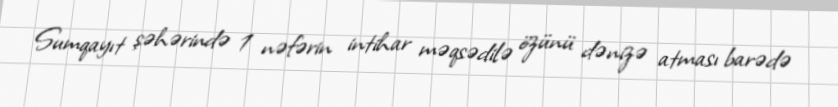
Sumqayıt şəhərində 1 nəfərin intihar məqsədilə özünü dənizə atması barədə